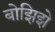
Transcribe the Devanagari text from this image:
बोझिझे